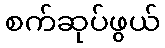
စက်ဆုပ်ဖွယ်